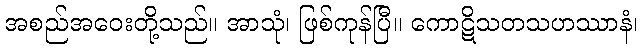
အစည်အဝေးတို့သည်။ အာသုံ၊ ဖြစ်ကုန်ပြီ။ ကောဋိသတသဟဿာနံ၊